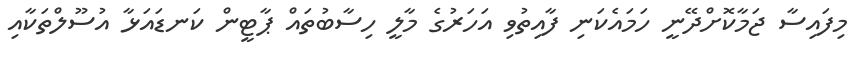
މިފައިސާ ޖަމާކޮށްދޭނީ ހަމައެކަނި ފާއިތުވި އަހަރުގެ މާލީ ހިސާބުތައް ޕާޓީން ކަނޑައަޅާ އުސޫލްތަކާއި